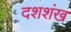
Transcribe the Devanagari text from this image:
दशशंख